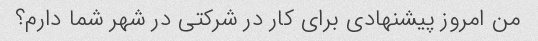
من امروز پیشنهادی برای کار در شرکتی در شهر شما دارم؟